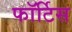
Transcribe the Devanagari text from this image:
फॉर्टिस